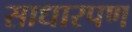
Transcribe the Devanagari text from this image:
साधारपण